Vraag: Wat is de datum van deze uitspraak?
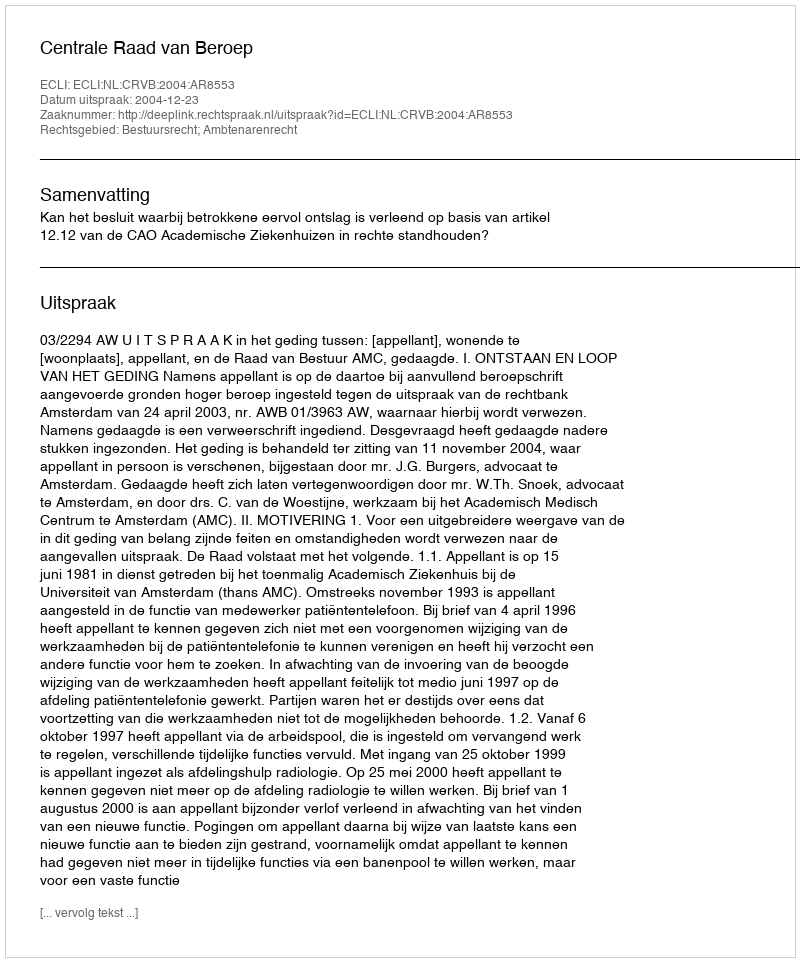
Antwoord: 2004-12-23